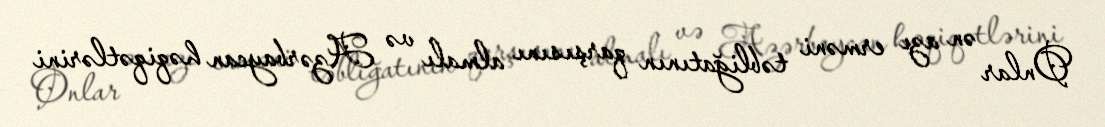
Onlar ən azı erməni təbliğatının qarşısını almalı və Azərbaycan həqiqətlərini